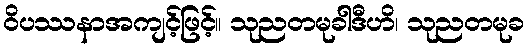
ဝိပဿနာအကျင့်ဖြင့်။ သုညတမုခါဒီဟိ၊ သုညတမုခ